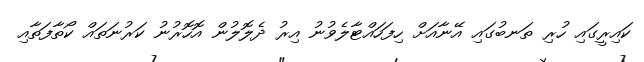
ކައިރީގައި ހުރި ތަނބުގައި އޭނާއަށް ހިފަހައްޓާލެވުނު އިރު ދެލޮލުން އޮހޮރުނު ކަރުނަތައް ކޯތާފަތާއި